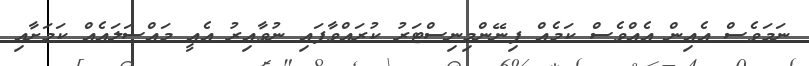
ނަމަވެސް އެއިން އެއްވެސް ކަމެއް ފިނޭންމިނިސްޓަރު ކުރައްވާފައި ނުވާއިރު އެއީ މައްސަލައެއް ކަމަށާއި